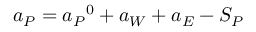
a _ { P } = { a _ { P } } ^ { 0 } + a _ { W } + a _ { E } - S _ { P }